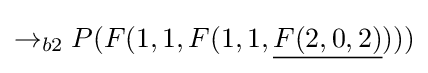
\rightarrow _{b2}P(F(1,1,F(1,1,{\underline {F(2,0,2)}})))